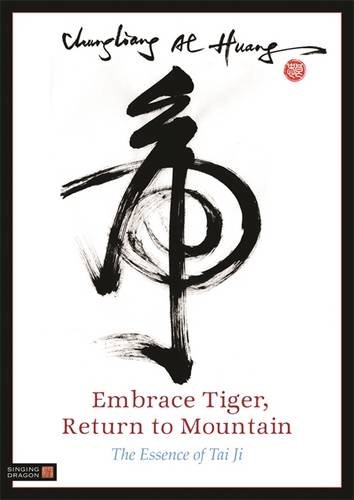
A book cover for Embrace Tiger, Return to Mountain: The Essence of Tai Ji; Chungliang Al Huang; Health, Fitness & Dieting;